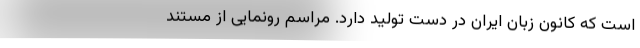
است که کانون زبان ایران در دست تولید دارد. مراسم رونمایی از مستند